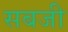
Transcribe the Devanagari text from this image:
सबजी